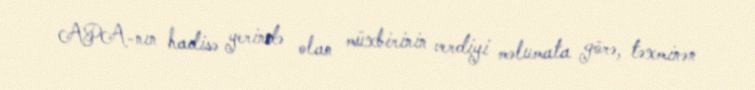
APA-nın hadisə yerində olan müxbirinin verdiyi məlumata görə, təxminən